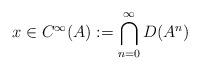
LaTeX: \begin{align*}x\in C^\infty(A):=\bigcap_{n=0}^{\infty}D(A^n)\end{align*}